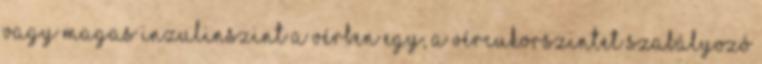
vagy magas inzulinszint a vérben egy, a vércukorszintet szabályozó